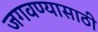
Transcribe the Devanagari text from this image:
जगवण्यासाठी